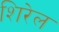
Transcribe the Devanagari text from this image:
शिरेल